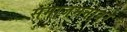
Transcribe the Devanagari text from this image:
समाजमनावर